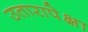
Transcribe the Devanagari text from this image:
उतारापेक्षा